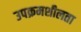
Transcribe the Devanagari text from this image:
उपक्रमशीलता